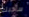
سأحبك